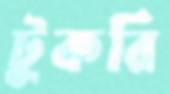
টুকরি